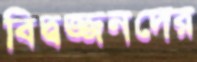
বিদ্বজ্জনদের